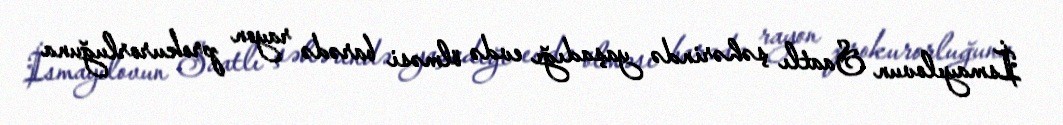
İsmayılovun Saatlı şəhərində yaşadığı evdə ölməsi barədə rayon prokurorluğuna